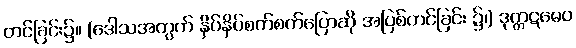
တင်ခြင်း၌။ (ဒေါသအတွက် နှိပ်နှိပ်စက်စက်ပြောဆို အပြစ်တင်ခြင်း ၌၊) ဒုက္ကဋမေဝ